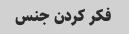
فکر کردن جنس